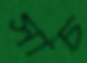
সাচ